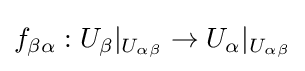
f_{\beta \alpha }:U_{\beta }|_{U_{\alpha \beta }}\to U_{\alpha }|_{U_{\alpha \beta }}